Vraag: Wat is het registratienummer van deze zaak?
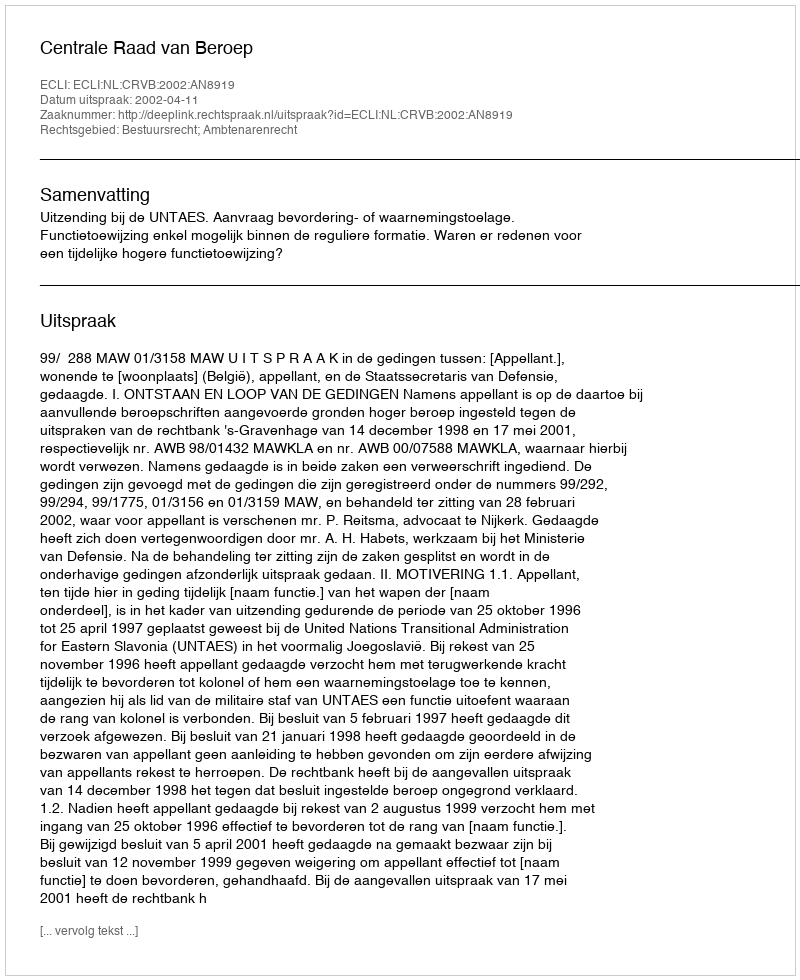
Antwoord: http://deeplink.rechtspraak.nl/uitspraak?id=ECLI:NL:CRVB:2002:AN8919